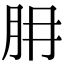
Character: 𦙇